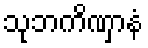
သုဘကိဏှာနံ